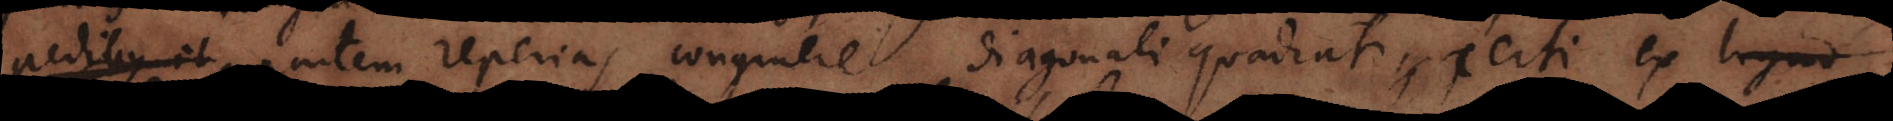
pedibus et partem reperias congruere diagonali quadrati cert